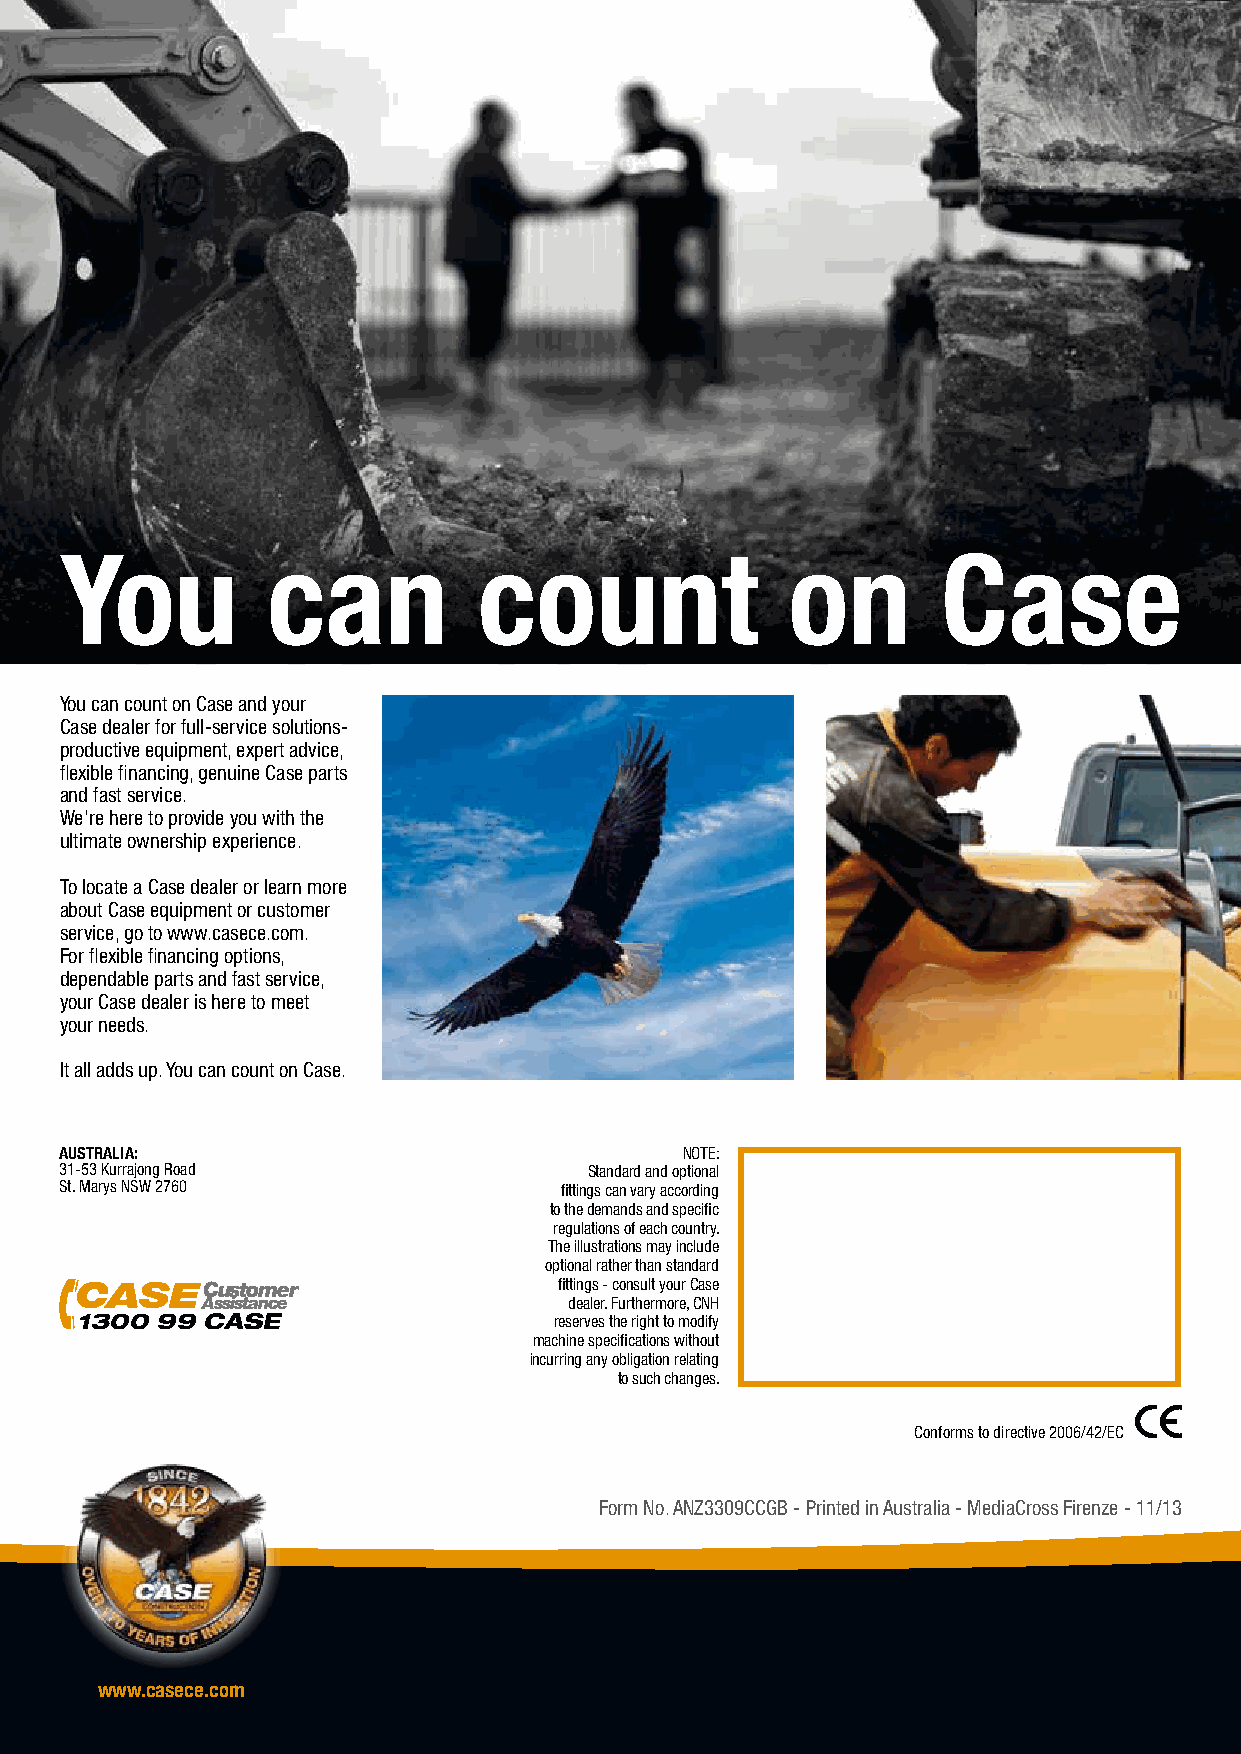
You           can           count               on        Case
 You can count on Case and your
 Case dealer for full-service solutions-
 productive equipment, expert advice,
 flexible financing, genuine Case parts
 and fast service.
 We’re here to provide you with the
 ultimate ownership experience.
 To locate a Case dealer or learn more
 about Case equipment or customer
 service, go to www.casece.com.
 For flexible financing options,
 dependable parts and fast service,
 your Case dealer is here to meet
 your needs.
 It all adds up. You can count on Case.
 AUSTRALIA:                               NOTE:
 31-53 Kurrajong Road               Standard and optional
 St. Marys NSW 2760               fittings can vary according
 to the demands and specific
 regulations of each country.
 The illustrations may include
 optional rather than standard
 Customer                fittings - consult your Case
 Assistance               dealer. Furthermore, CNH
 1300 99 CASE                    reserves the right to modify
 machine specifications without
 incurring any obligation relating
 to such changes.
 Conforms to directive 2006/42/EC
 Form No. ANZ3309CCGB - Printed in Australia - MediaCross Firenze - 11/13
 www.casece.com